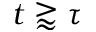
t \gtrapprox \tau